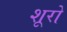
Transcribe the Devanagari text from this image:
शूरो